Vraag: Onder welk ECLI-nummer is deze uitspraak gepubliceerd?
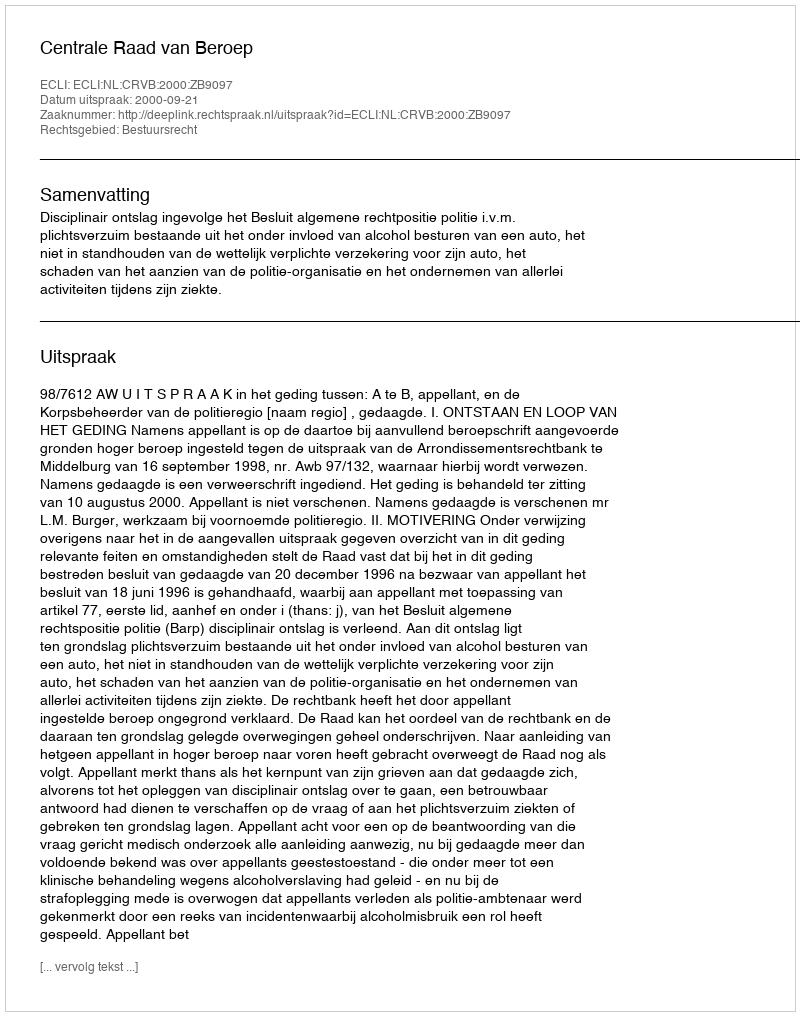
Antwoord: ECLI:NL:CRVB:2000:ZB9097